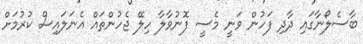
ބާސެލޯނާގައި ދާދި ފަހުން ވަނީ މެސީ ފޮނުވާލާ ހިލޭ ޖެހުންތައް އެނަލައިސް ކުރުމަށް